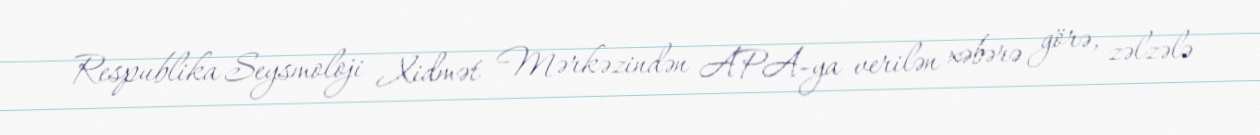
Respublika Seysmoloji Xidmət Mərkəzindən APA-ya verilən xəbərə görə, zəlzələ